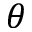
\boldsymbol { \theta }